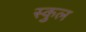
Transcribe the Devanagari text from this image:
स्‍कुल